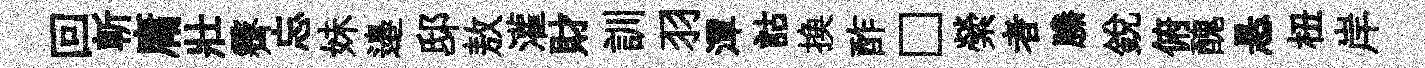
回斬庸壯霽忘妹邉邸敖灌財訓羽潭詁换酢□縈者縢銳俯醜悬杻岸